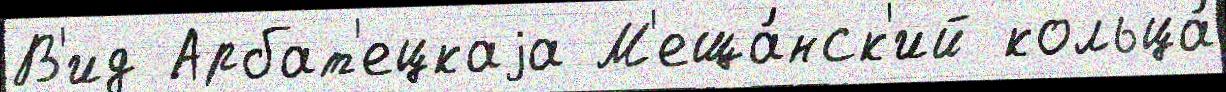
В'ид Арбат'ецкаjа М'еща́нск'ий кольца́